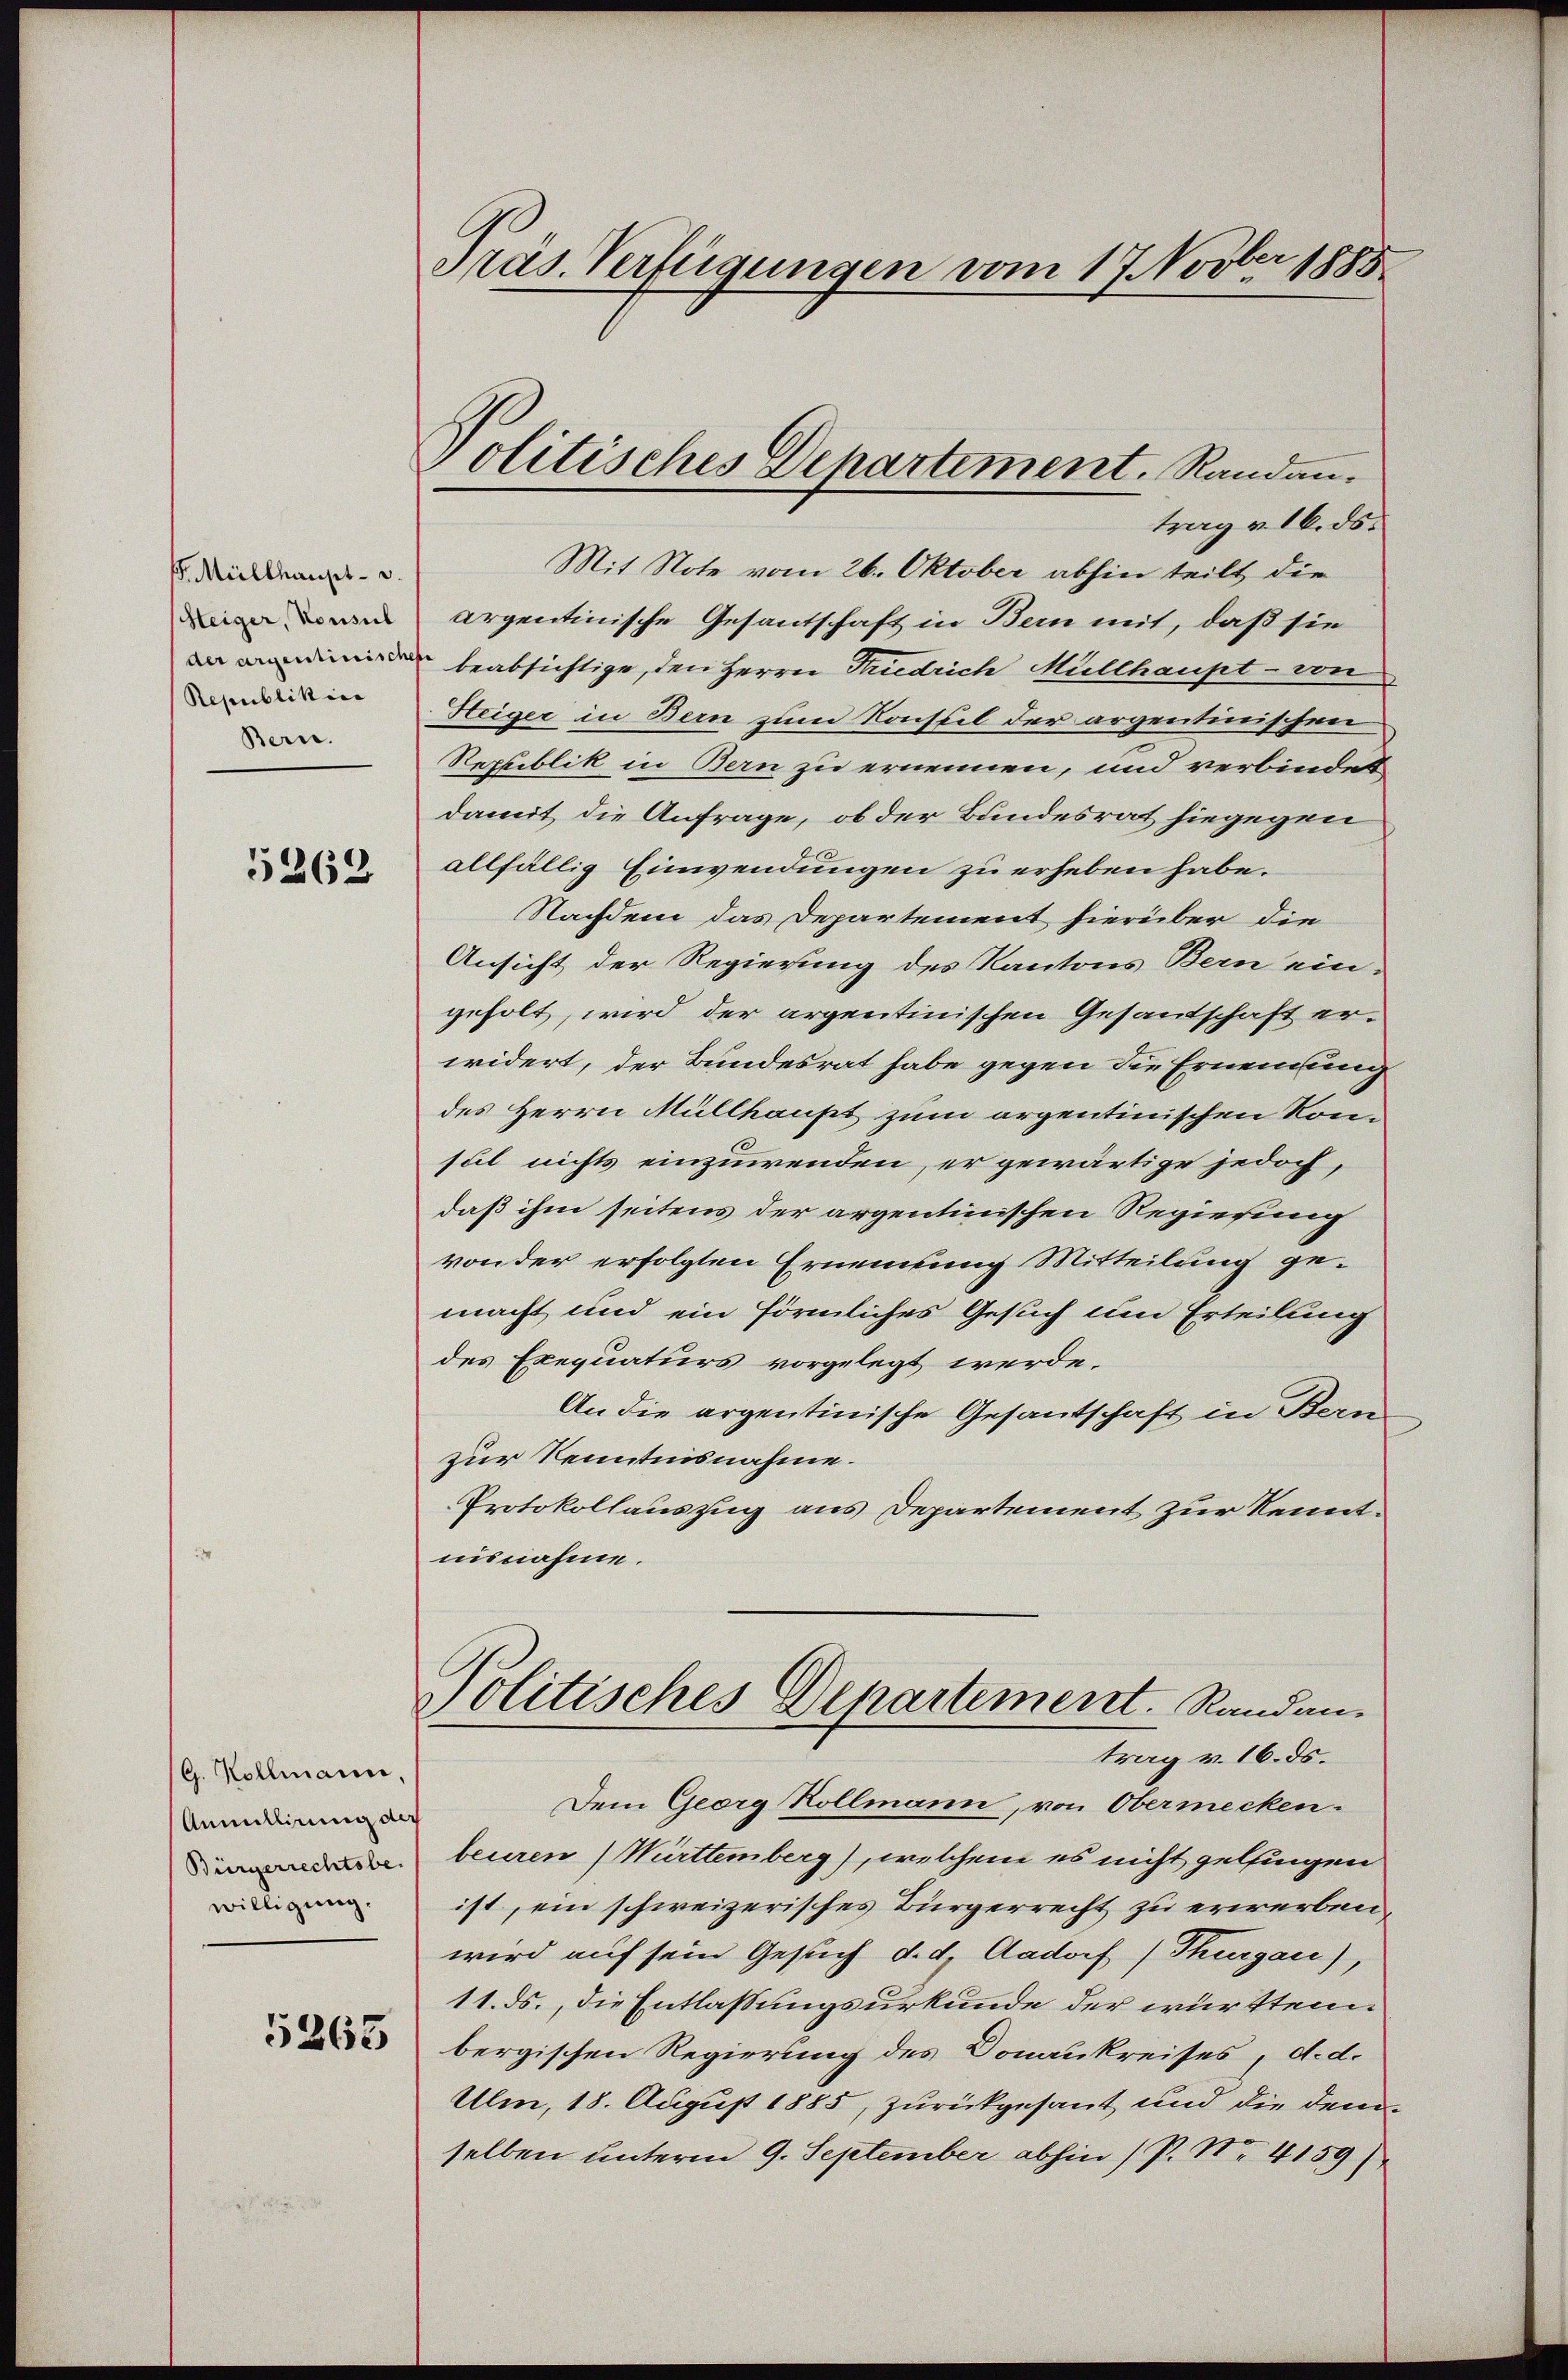
f Müllhaupt- u.
Heiger, Konsul
der argenlinische
Republikice
Bern.

5262

(G. Kollmann,
Annullirung dich
Bürgerrechtsbe
willigung.

5265

l
Pas. Verfügungen vom 17. Nov. 1885

Politisches Departement. Randan¬

trag v. 16. ds.
Mit Note vom 26. Oktober abhin teilt die
argentinische Gesantschaft in Bern mit, daß sie
 beabsichtige, den Herren Friedrich Müllhaupt - von
Steiger in Bern zum Konstil der argentinischen
Republik in Bern zu ernennen, und verbindet
damit die Anfrage, ob der Bundesrat hiegegen
allfällig Einwendungen zu erheben habe.
Nachdem das Departement hierüber die
Ansicht der Regierung des Kantons Bern ein-
geholt, wird der argentinischen Gesandschaft erwidert, der Bundesrat habe gegen die Ernennung
des Herrn Müllhaupt zum argentinischen Konsal nichts einzuwenden, er gewärtige jedoch,
daß ihm seitens der argentinischen Regierung
von der erfolgten Ernennung Mitteilung gemacht und ein förmliches Gesuch um Erteilung
des Exequaturs vorgelegt werde.
An die argentinische Gesantschaft in Kan
zur Kenntnisnahme.
Protokollauszug aus Departement zur Kenntnisnahme.
Politisches Departement. Randen.
trag v. 16. ds.
Dem Georg Rollmann, von Obermecken.
beuren Württemberg), welchem es nicht gelingen
ist, ein schweizerisches Bürgerrecht zu erwerben
wird auf sein Gesuch d. d. Aadorf) Thurgau),
11. ds., die Entlassungsurkunde der württem
bergischen Regierung des Donaukreises, d. d.
Ulm, 18. August 1885, zurückgesant und die demselben unterm 9. September abhin (P. Nr. 4159